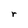
Character: r